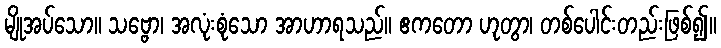
မျိုအပ်သော။ သဗ္ဗော၊ အလုံးစုံသော အာဟာရသည်။ ဧကတော ဟုတွာ၊ တစ်ပေါင်းတည်းဖြစ်၍။